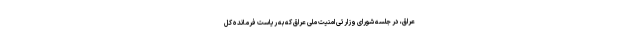
عراق، در جلسه شورای وزارتی امنیت ملی عراق که به ریاست فرمانده کل